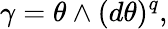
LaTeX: \gamma=\theta\wedge(d\theta)^{q},